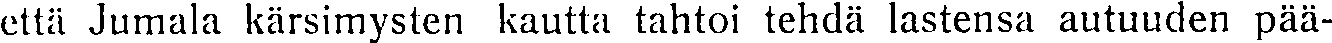
että Jumala kärsimysten kautta tahtoi tehdä lastensa autuuden pää-